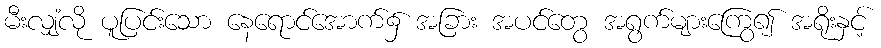
မီးလျှံလို ပူပြင်းသော နေရောင်အောက်၌ အခြား အပင်တွေ အရွက်များကြွေ၍ အရိုးနှင့်